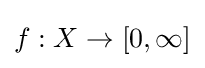
{\textstyle f:X\to [0,\infty ]}